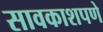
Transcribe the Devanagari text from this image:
सावकाशपणे